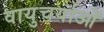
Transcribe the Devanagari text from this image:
वायुचर्याओं